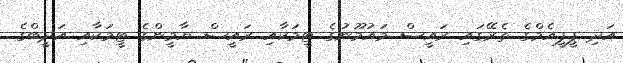
އަދި ޕީޕީއެމްގެ ތެރޭގައި ރައީސް މައުމޫނުގެ ޓީމަކާއި ރައީސް ޔާމީންގެ ޓީމަކާއި އަދީބްގެ